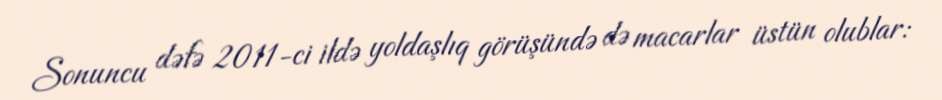
Sonuncu dəfə 2011-ci ildə yoldaşlıq görüşündə də macarlar üstün olublar: